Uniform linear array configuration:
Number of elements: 4
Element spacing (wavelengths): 0.75
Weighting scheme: uniform
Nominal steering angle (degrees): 60
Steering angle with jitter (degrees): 58.217
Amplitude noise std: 0.05
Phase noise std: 0.05

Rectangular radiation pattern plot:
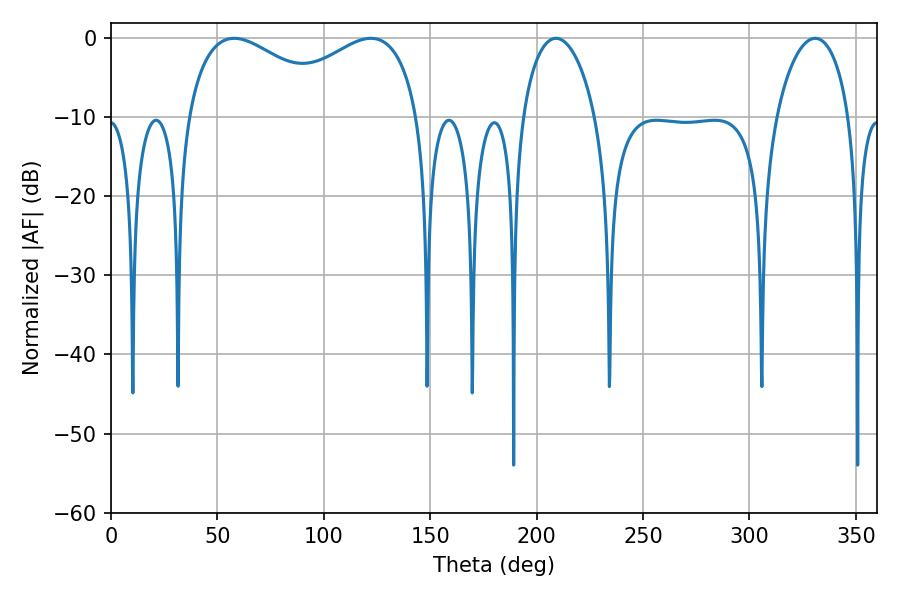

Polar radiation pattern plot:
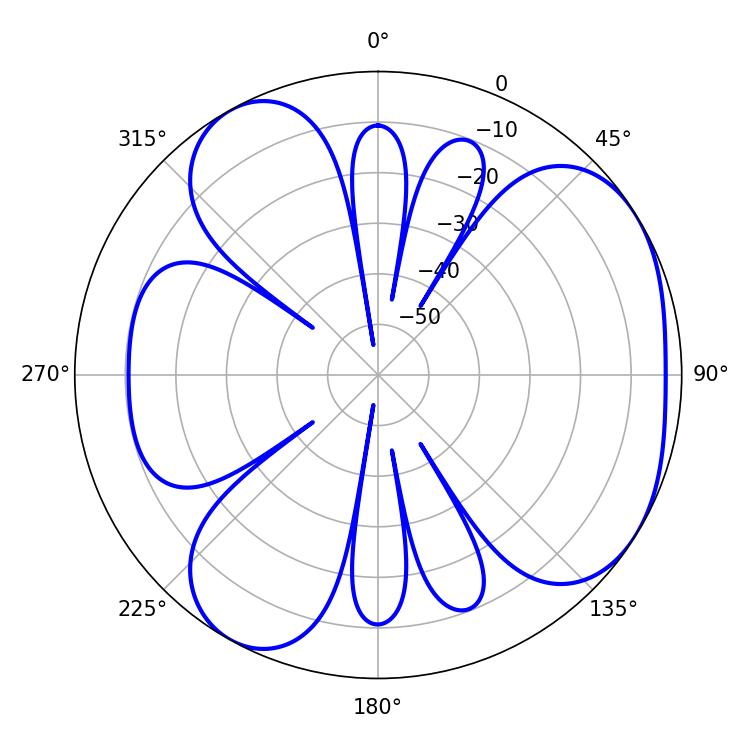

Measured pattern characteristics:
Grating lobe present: TRUE
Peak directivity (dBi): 4.648
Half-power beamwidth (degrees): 40.86
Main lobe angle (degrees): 57.96